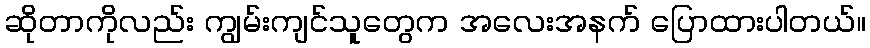
ဆိုတာကိုလည်း ကျွမ်းကျင်သူတွေက အလေးအနက် ပြောထားပါတယ်။